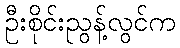
ဦးစိုင်းညွန့်လွင်က